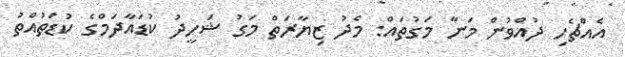
އެއްޗެހި ދުއްވުން މަނާ މަގުތައް: މެދު ޒިޔާރަތް މަގު ޝަހީދު ކުޑައާދަމްގެ ކުޑަތުއްތު